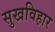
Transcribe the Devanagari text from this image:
सुखविहार